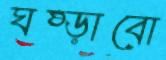
ঘষ্‌ড়াবো